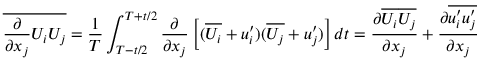
\overline { { { \frac { \partial } { \partial x _ { j } } } U _ { i } U _ { j } } } = { \frac { 1 } { T } } \int _ { T - t / 2 } ^ { T + t / 2 } { \frac { \partial } { \partial x _ { j } } } \left[ ( \overline { { U _ { i } } } + u _ { i } ^ { \prime } ) ( \overline { { U _ { j } } } + u _ { j } ^ { \prime } ) \right] d t = { \frac { \partial \overline { { U _ { i } } } \overline { { U _ { j } } } } { \partial x _ { j } } } + { \frac { \partial \overline { { u _ { i } ^ { \prime } u _ { j } ^ { \prime } } } } { \partial x _ { j } } }